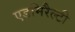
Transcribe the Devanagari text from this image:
एडमिरैल्टी